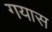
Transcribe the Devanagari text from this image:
गयास